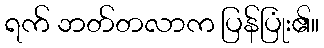
ရက် ဘတ်တလာက ပြန်ပြုံး၏။